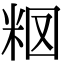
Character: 𥹉